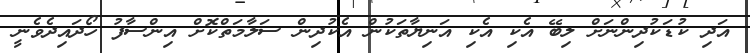
އަދި ކުޑަކުދިންނަށް ލިބޭ އެކި އެކި އަނިޔާތަކުން އެކުދިން ސަލާމަތްކޮށް އިންސާފު ހޯދައިދެވެނީ